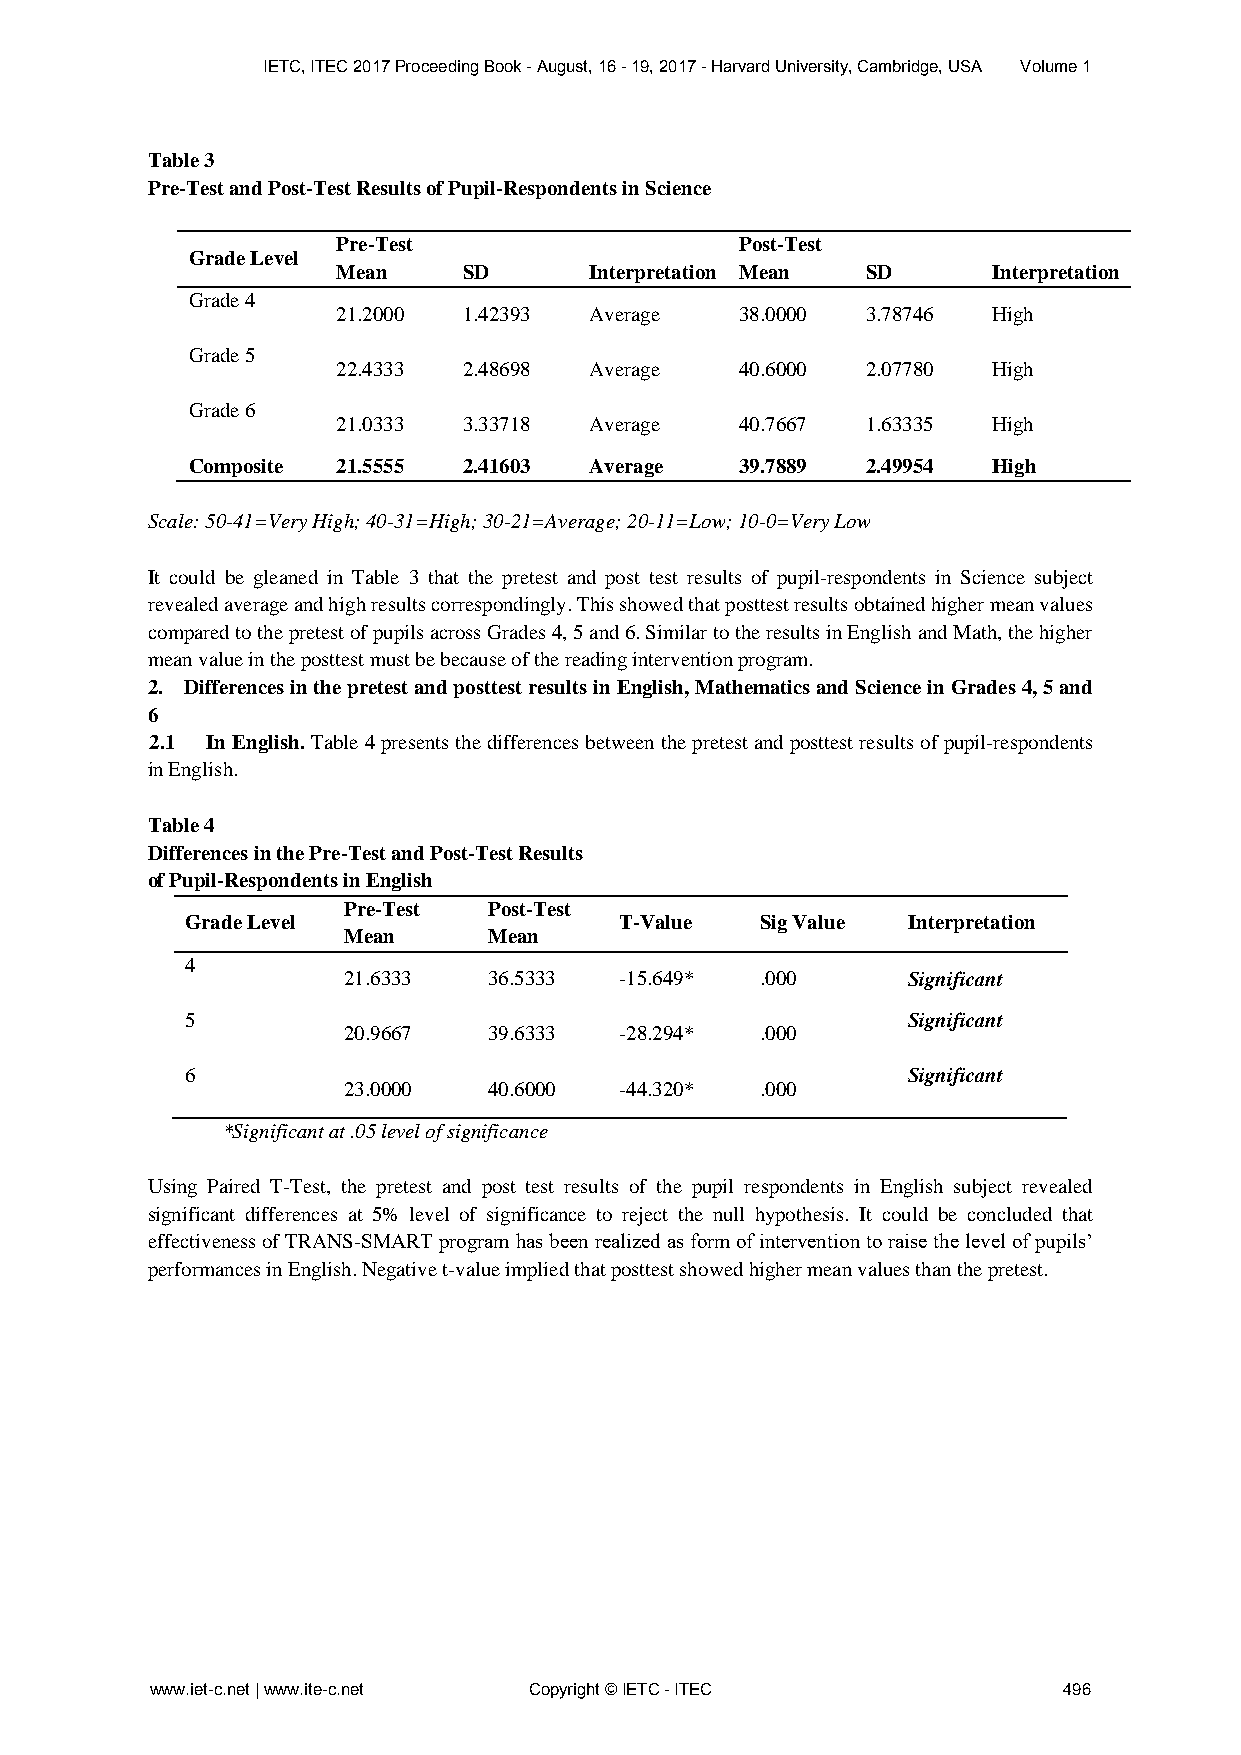
IETC, ITEC 2017 Proceeding Book - August, 16 - 19, 2017 - Harvard University, Cambridge, USA Volume 1
 Table 3
 Pre-Test and Post-Test Results of Pupil-Respondents in Science
 Pre-Test                   Post-Test
 Grade Level
 Mean     SD      Interpretation Mean SD     Interpretation
 Grade 4
 21.2000  1.42393 Average   38.0000 3.78746  High
 Grade 5
 22.4333  2.48698 Average   40.6000 2.07780  High
 Grade 6
 21.0333  3.33718 Average   40.7667 1.63335  High
 Composite 21.5555  2.41603 Average   39.7889 2.49954  High
 Scale: 50-41=Very High; 40-31=High; 30-21=Average; 20-11=Low; 10-0=Very Low
 It could be gleaned in Table 3 that the pretest and post test results of pupil-respondents in Science subject
 revealed average and high results correspondingly. This showed that posttest results obtained higher mean values
 compared to the pretest of pupils across Grades 4, 5 and 6. Similar to the results in English and Math, the higher
 mean value in the posttest must be because of the reading intervention program.
 2. Differences in the pretest and posttest results in English, Mathematics and Science in Grades 4, 5 and
 6
 2.1 In English. Table 4 presents the differences between the pretest and posttest results of pupil-respondents
 in English.
 Table 4
 Differences in the Pre-Test and Post-Test Results
 of Pupil-Respondents in English
 Pre-Test Post-Test
 Grade Level                  T-Value  Sig Value Interpretation
 Mean     Mean
 4
 21.6333  36.5333  -15.649* .000      Significant
 5                                               Significant
 20.9667  39.6333  -28.294* .000
 6                                               Significant
 23.0000  40.6000  -44.320* .000
 *Significant at .05 level of significance
 Using Paired T-Test, the pretest and post test results of the pupil respondents in English subject revealed
 significant differences at 5% level of significance to reject the null hypothesis. It could be concluded that
 effectiveness of TRANS-SMART program has been realized as form of intervention to raise the level of pupils’
 performances in English. Negative t-value implied that posttest showed higher mean values than the pretest.
 www.iet-c.net | www.ite-c.net Copyright © IETC - ITEC       496